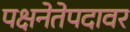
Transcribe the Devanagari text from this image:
पक्षनेतेपदावर